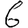
Digit: 6